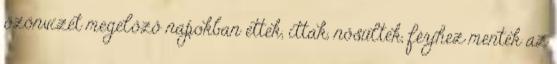
özönvizet megelőző napokban ettek, ittak, nősültek, férjhez mentek az